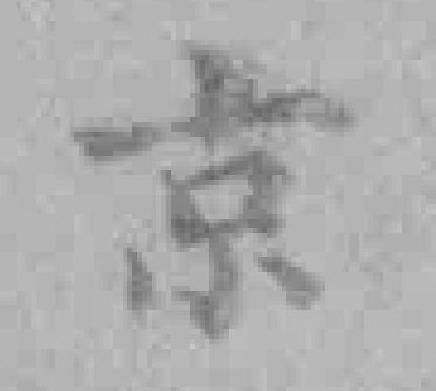
京